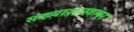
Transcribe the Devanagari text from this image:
संख्याशास्त्रावर